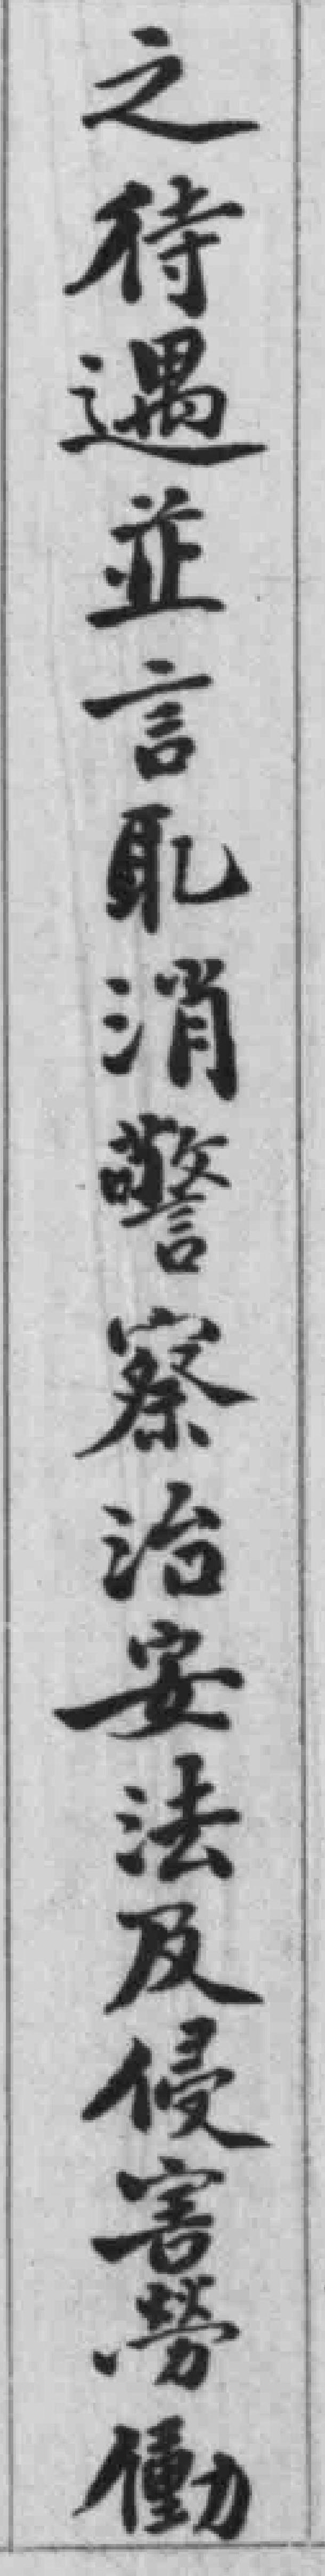
之待遇並言耴消警察治安法及侵害勞動